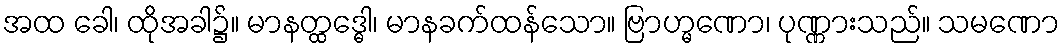
အထ ခေါ၊ ထိုအခါ၌။ မာနတ္ထဒ္ဓေါ၊ မာနခက်ထန်သော။ ဗြာဟ္မဏော၊ ပုဏ္ဏားသည်။ သမဏော